Report on plague in the Punjab from October 1st ... to September 30th ..., being the ... season of plague in the province
Disease focus: Plague
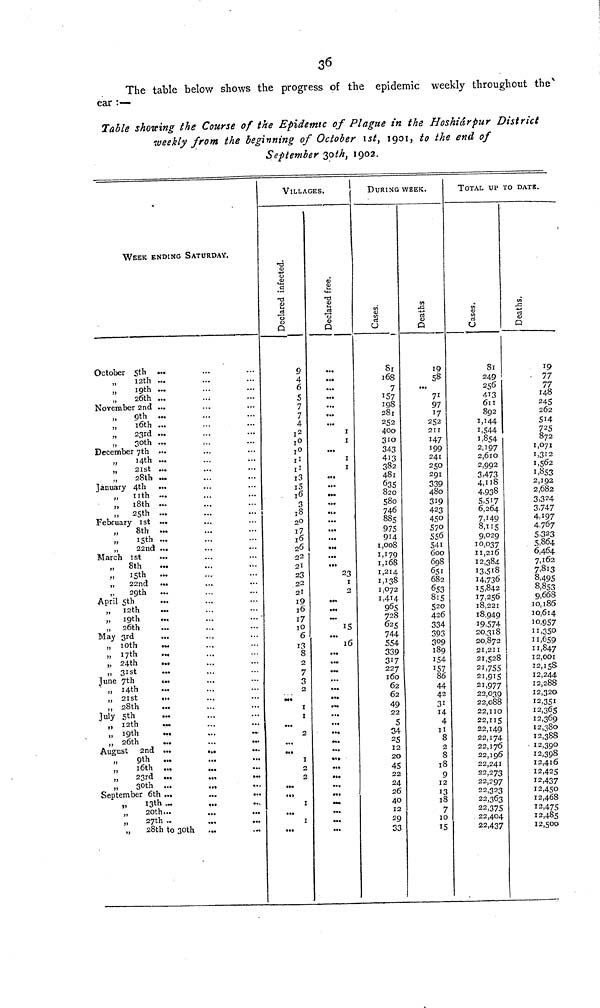
36
The table below shows the progress of the epidemic weekly throughout the v
ear :-—
Table shoving the Course of
Epidemic of Plague in the Hoshiárpur District
weekly from the beginning of October 1st, 1901, to the end of
September 30th, 1902.
WEEK ENDING SATURDAY.
October 5th ...
„
12th ...
„
19th ...
26th ...
November 2nd ...
9th ...
„
16th ...
„
23rd ...
„
30th ...
December 7th ...
„
14th ...
„
21st ...
„
28th ...
January 4th
...
„
11th
...
„
18th ...
„
25th ...
February 1st ...
„
8th ...
15th ...
„
22nd .,.
March 1st
„
8th
15th
...
„
22nd
...
„
29th
April 5th
„
12th
„
19th
„
26th
May 3rd
„ 10th
„ 17th
„ 24th
„ 31st
June 7th
».
' „ 14th
„ 21st
„ 28th
July 5th
„ 12th
...
„ 19th
..,
„ 26th
August
2nd ...
...
9th
...
16th ...
„
23rd ...
„
30th ...
September 6th ...
„
113th ...
,,
20th...
27th..
28th to 30th
,..
VILLAGES.
Declared infected.
9
4
6
6
7
7
4
12
10
10
11
1
11
13
1 15
- 16
3
18
2O
17
16
06
22
21 1
23
21
19
16
17 10
6
13
8
2
7
3
3
1
x
3
1
1
I
Declared free
...
....
...
1
1
1
1
...
"1
...
...
!"
23
2
...
15
16
...
...
...
...
...
DURING WEEK.
Cases.
81
168
7
157
198
281
252
400
310
343
413
382
481
635
82O
580
746
885
914
1,008
1,179
1,168
1,214
1,138
1,072
1,414
965
728
625
744
554
339
317
227
160
62
62
49
22
5
0
34
25
12
20
45
"TO
22
24
26
40
12
29
33
Deaths.
19
58
97
17
252
211
147
I99
241
250
291
339
480
319
423
450
570
556
541
600
698
651
682
653
815
520
426
334
393
309
189
154
157
86
44
42
31
14
4
11
8
2
8
18
9
12
13
18
7
10
15
TOTAL UP TO DATE.
Cases.
81
249
256
413
4I3
611
892
I 1,44
1,544
1,854
2,197
2,610
2,992
3,473
4,118
4,938
5,517
6,264
7,149
7,149
8,115
9,029
10.037
11,2l6
12,384.
13,518
14. 736
15,842
17,256
l8,221
18,949
19,574
20,3l8
20 872
21,211
21,528
21,755
21,915
21,077
22 OTO
22,088
22,110
22,115
22,149
22,174
22,176
22 196
22,241
22,273
22,297
22,323
22,363
22,375
22,404
22,437
Deaths.
!9
77
77
148
245
262
514
725
872
1,071
1,312
1,562
1,853
2,192
2,682
3,324
3,747
4,197
4 767
5,323
5,864
6,464
7,162
7,813
8,495
8,853
9,668
10,186
10,614
10,957
11,350
11,659
11,847
12,001
12,158
12,244
12,288
12,320
12,351
12,365
12,380
12,388
12,300
12,398
12,4l6
12,425
12,437
12,450
12,468
12 ,475
12,485
12,500